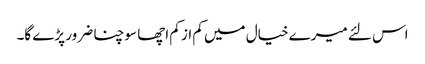
اس لئے میرے خیال میں کم از کم اچھا سوچنا ضرور پڑے گا۔